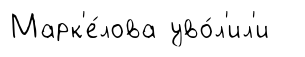
Марк'е́лова уво́л'ил'и